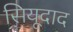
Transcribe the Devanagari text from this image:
सियूदाद